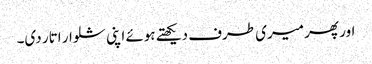
اور پھر میری طرف دیکھتے ہوئے اپنی شلوار اتار دی۔